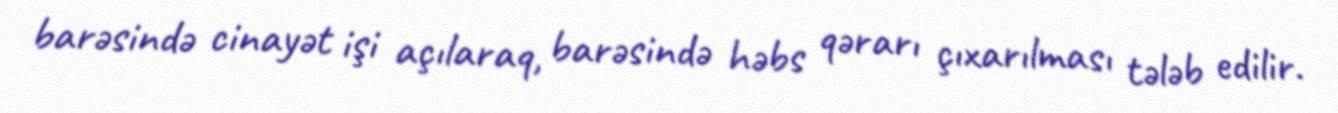
barəsində cinayət işi açılaraq, barəsində həbs qərarı çıxarılması tələb edilir.